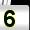
Digit: 5